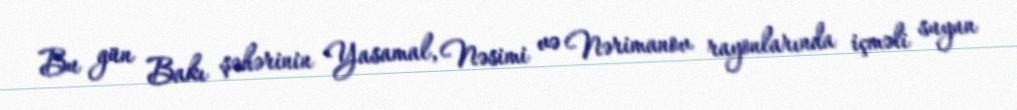
Bu gün Bakı şəhərinin Yasamal, Nəsimi və Nərimanov rayonlarında içməli suyun